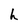
Character: h